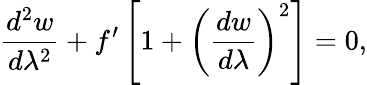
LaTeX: \frac{d^{2}w}{d\lambda^{2}}+f^{\prime}\left[1+\left(\frac{dw}{d\lambda}\right)^{2}\right]=0,